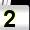
Digit: 2